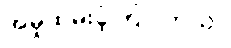
အမှုထမ်းခဲ့ကြပါတယ်။